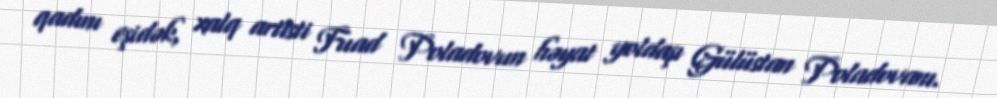
qadını eşidək, xalq artisti Fuad Poladovun həyat yoldaşı Gülüstan Poladovanı.